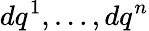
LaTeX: dq^{1},\ldots,dq^{n}